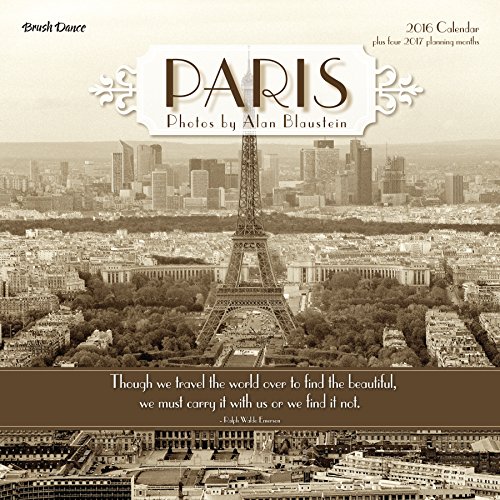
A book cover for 2016 Paris Wall Calendar; Brush Dance and Alan Blaustein; Calendars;